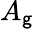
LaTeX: A_{\mathsf{g}}